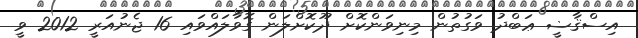
އިސްޤާޟީ ޢަބްދު ވަގުތުން މިނިވަންކޮށް ދޫކޮށްލަން ގޮވާލައްވައި 16 ޖެނުއަރީ 2012 ވީ